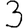
Digit: 3